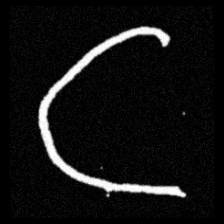
Pyu character \u2014 Myanmar letter: ဋ (romanized: tta)